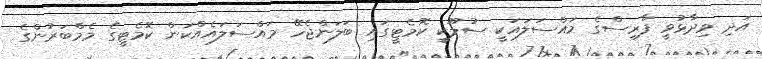
އަދި ވިދާޅުވީ ފާރިސްގެ މައްސަލައަކީ ސުލޫކީ ކޮމެޓީގައި ބަލަންޖެހޭ މައްސަލައެއްކަން ކޮމެޓީގެ މެމްބަރުންގެ